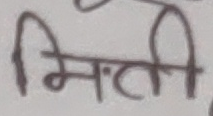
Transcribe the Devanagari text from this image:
मिति